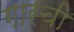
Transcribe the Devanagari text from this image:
गारची